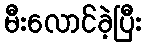
မီးလောင်ခဲ့ပြီး